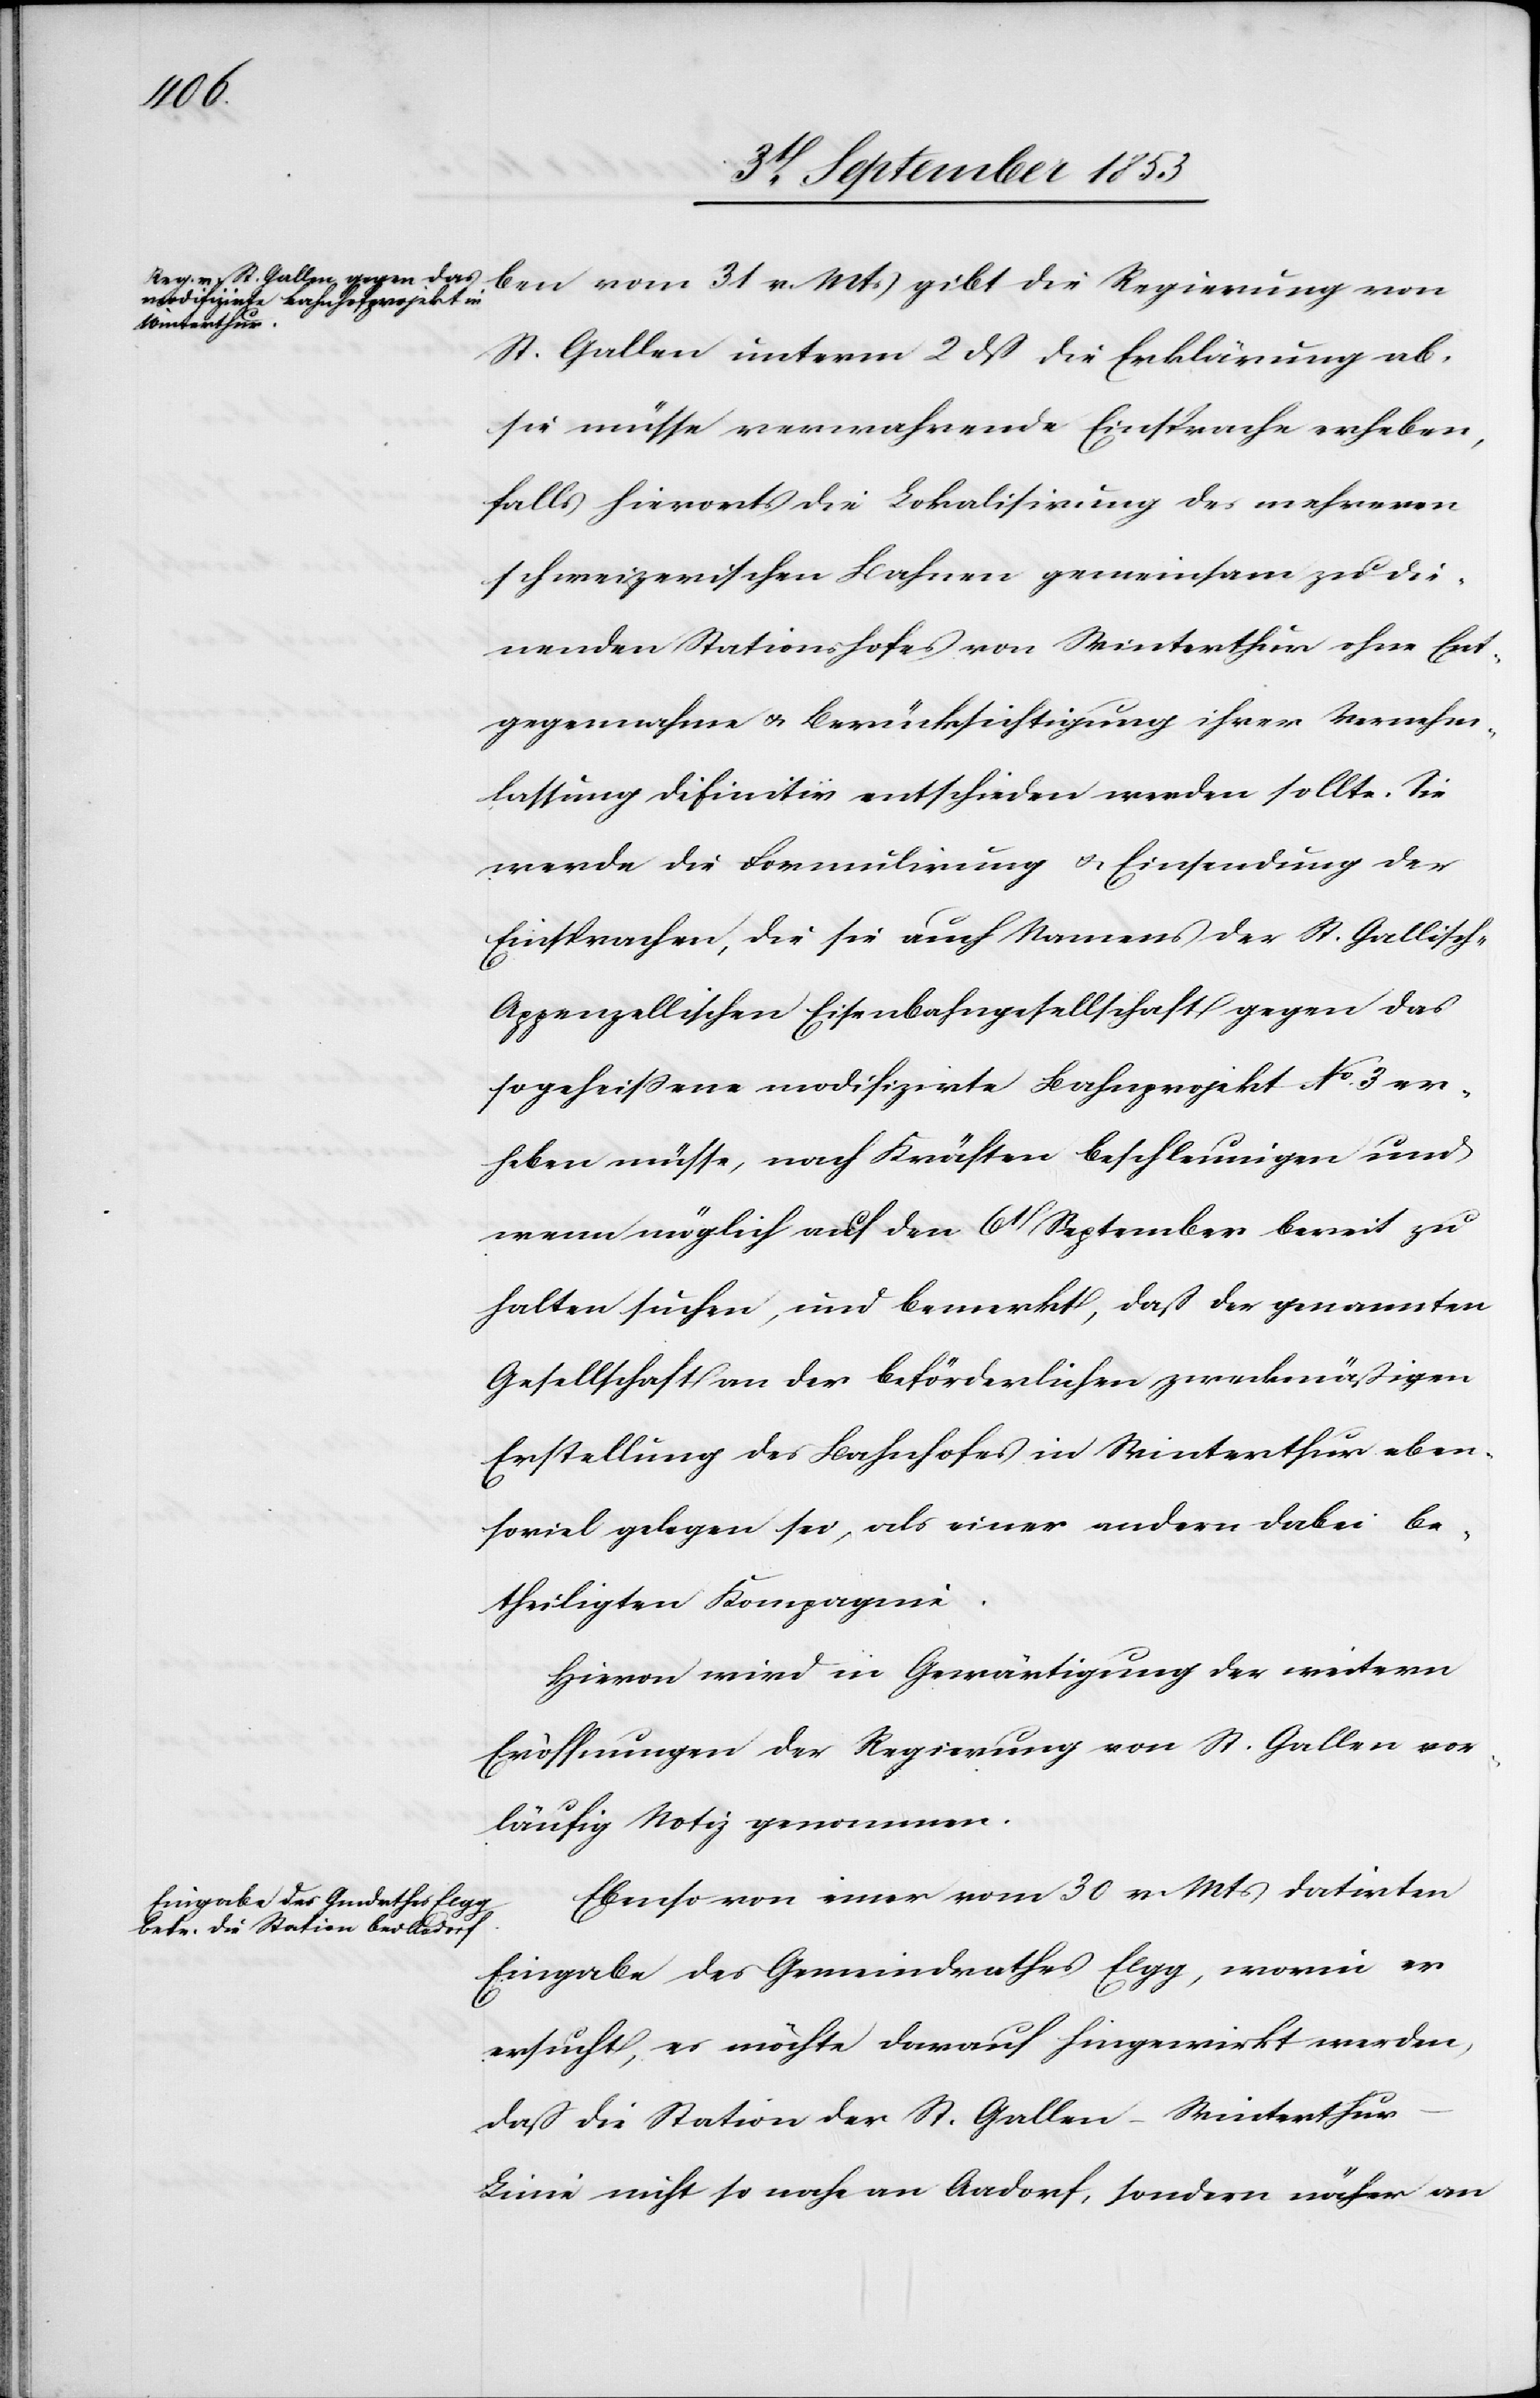
ben vom 31 v. Mts. gibt die Regierung von
St. Gallen unterm 2 dß die Erklärung ab,
sie müsse verwahrende Einsprache erheben,
falls hierorts die Lokalisirung des mehreren
schweizerischen Bahnen gemeinsam zu die¬
nenden Stationshofes von Winterthur ohne Ent¬
gegennahme u. Berücksichtigung ihrer Vernehm¬
lassung definitiv entschieden werden sollte. Sie
werde die Formulirung u. Einsendung der
Einsprachen, die sie auch Namens des St. Gallisc¬
h-Appenzellischen Eisenbahngesellschaft gegen das
so geheißene modifzirte Bahnprojekt N° 3 er¬
heben müsse, nach Kräften beschleunigen und
wenn möglich auf den 6t September bereit zu
halten suchen, und bemerkt, daß der genannten
Gesellschaft an der beförderlichen zweckmäßigen
Erstellung des Bahnhofes in Winterthur eben¬
soviel gelegen sei, als einer andern dabei be¬
theiligten Kompagnie.
Hievon wird in Gewärtigung der weitern
Eröffnungen der Regierung von St. Gallen vor¬
läufig Notiz genommen.
Ebenso von einer vom 30 v. Mts. datirten
Eingabe des Gemeindrathes Elgg, worin er
ersucht, es möchte darauf hingewirkt werden,
daß die Station der St. Gallen-Winterthu¬
r-Linie nicht so nahe an Aadorf, sondern näher an